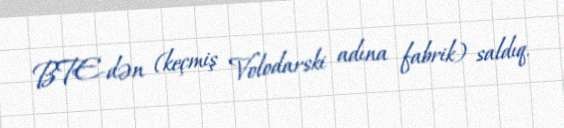
BTE-dən (keçmiş Volodarski adına fabrik) saldıq.